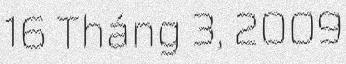
16 Tháng 3, 2009